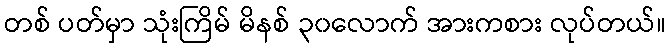
တစ် ပတ်မှာ သုံးကြိမ် မိနစ် ၃၀လောက် အားကစား လုပ်တယ်။